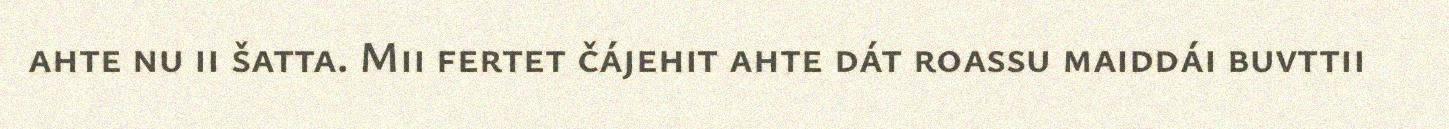
ahte nu ii šatta. Mii fertet čájehit ahte dát roassu maiddái buvttii